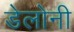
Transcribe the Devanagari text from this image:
डेलोनी